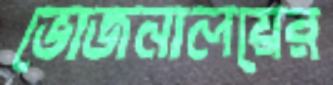
ভোজনালয়ের